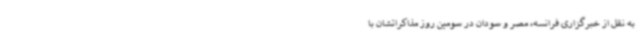
به نقل از خبرگزاری فرانسه، مصر و سودان در سومین روز مذاکراتشان با